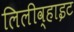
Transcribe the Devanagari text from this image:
लिलीव्हाइट